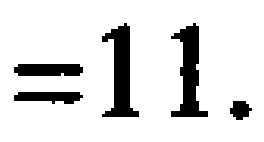
$=11.$